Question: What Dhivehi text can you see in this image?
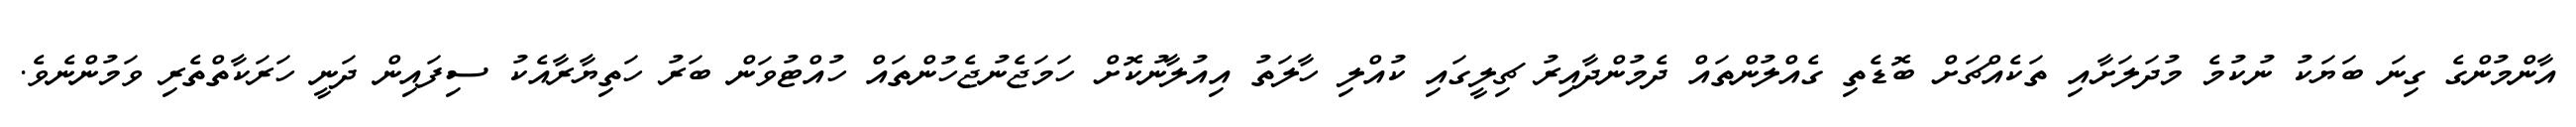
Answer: އާންމުންގެ ގިނަ ބަޔަކު ނުކުމެ މުދަލަށާއި ތަކެއްޗަށް ބޮޑެތި ގެއްލުންތައް ދެމުންދާއިރު ޗިލީގައި ކުއްލި ހާލަތު އިއުލާނުކޮށް ހަމަޖެނުޖެހުންތައް ހުއްޓުވަން ބަރު ހަތިޔާރާއެކު ސިފައިން ދަނީ ހަރަކާތްތެރި ވަމުންނެވެ.